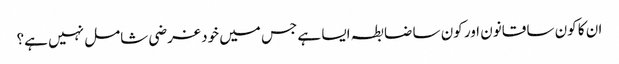
ان کا کون سا قانون اور کون سا ضابطہ ایسا ہے جس میں خود غرضی شامل نہیں ہے؟